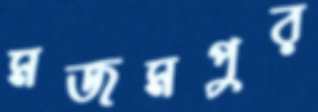
মজমপুর